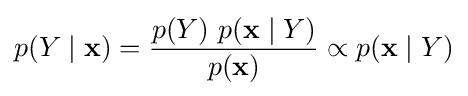
p(Y\mid \mathbf {x} )={\frac {p(Y)\ p(\mathbf {x} \mid Y)}{p(\mathbf {x} )}}\propto p(\mathbf {x} \mid Y)